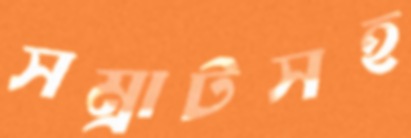
সম্রাটসহ